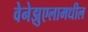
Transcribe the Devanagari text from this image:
वेनेझुएलामधील